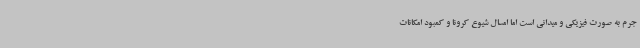
جرم به صورت فیزیکی و میدانی است اما امسال شیوع کرونا و کمبود امکانات